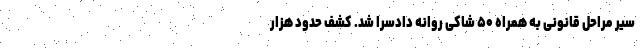
سیر مراحل قانونی به همراه ۵۰ شاکی روانه دادسرا شد. کشف حدود هزار